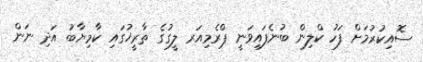
ސޮއިކުރުމަށް ފަހު ކްލިން ބުނެފައިވަނީ ޕްރެމިއަރ ލީގުގެ ތާރީޚުގައި ކާމިޔާބު އަދި ނަން